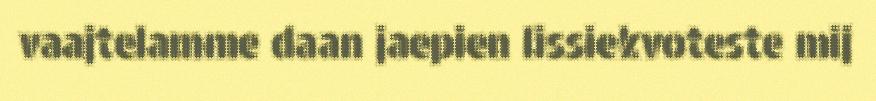
vaajtelamme daan jaepien lissiekvoteste mij